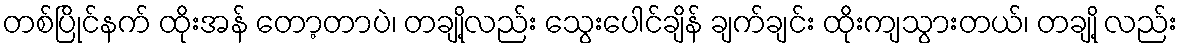
တစ်ပြိုင်နက် ထိုးအန် တော့တာပဲ၊ တချို့လည်း သွေးပေါင်ချိန် ချက်ချင်း ထိုးကျသွားတယ်၊ တချို့ လည်း